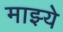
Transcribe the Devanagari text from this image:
माझ्ये